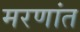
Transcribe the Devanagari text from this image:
मरणांत